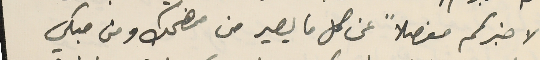
لاخبركم مفصلاً عن كل ما يصير من مضحك ومن مبكي